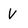
Character: V